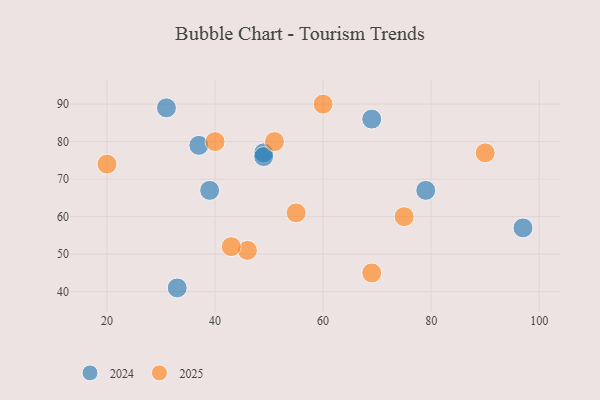
{"axis": {"x": "GDP", "y": "Life Expectancy"}, "legend": ["2024", "2025"], "data": [{"x": "31", "y": 89, "type": "2024"}, {"x": "33", "y": 41, "type": "2024"}, {"x": "97", "y": 57, "type": "2024"}, {"x": "79", "y": 67, "type": "2024"}, {"x": "49", "y": 77, "type": "2024"}, {"x": "69", "y": 86, "type": "2024"}, {"x": "39", "y": 67, "type": "2024"}, {"x": "49", "y": 76, "type": "2024"}, {"x": "37", "y": 79, "type": "2024"}, {"x": "46", "y": 51, "type": "2025"}, {"x": "51", "y": 80, "type": "2025"}, {"x": "69", "y": 45, "type": "2025"}, {"x": "60", "y": 90, "type": "2025"}, {"x": "20", "y": 74, "type": "2025"}, {"x": "55", "y": 61, "type": "2025"}, {"x": "90", "y": 77, "type": "2025"}, {"x": "43", "y": 52, "type": "2025"}, {"x": "40", "y": 80, "type": "2025"}, {"x": "75", "y": 60, "type": "2025"}]}